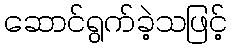
ဆောင်ရွက်ခဲ့သဖြင့်